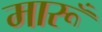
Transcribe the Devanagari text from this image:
मारूँ